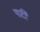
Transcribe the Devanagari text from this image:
पार्टीं